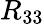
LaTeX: R_{33}